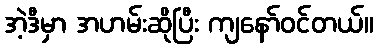
အဲ့ဒီမှာ အဟမ်းဆိုပြီး ကျနော်ဝင်တယ်။